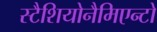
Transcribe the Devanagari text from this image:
स्टैशियोनैमिएन्टो